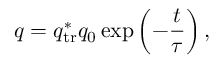
q = q _ { \mathrm { t r } } ^ { * } q _ { 0 } \exp { \left( - \frac { t } { \tau } \right) } \, ,